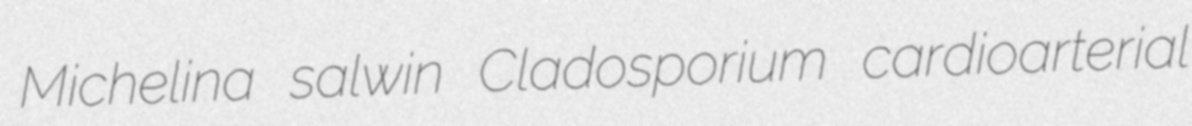
Michelina salwin Cladosporium cardioarterial